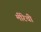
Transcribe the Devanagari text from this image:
मीरेची